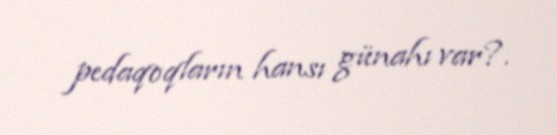
pedaqoqların hansı günahı var?.